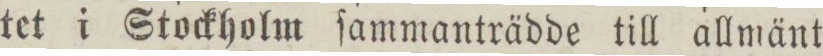
tet i Stockholm ſammanträdde till allmänt